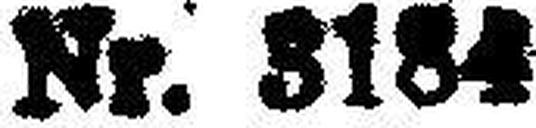
Nr. 3184